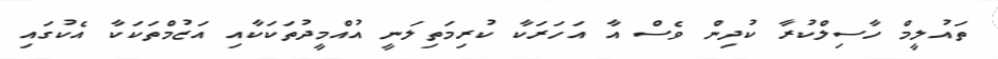
ތައުލީމް ހާސިލްކުރާ ކުދިން ވެސް އާ އަހަރަކާ ކުރިމަތިލަނީ އުއްމީދުތަކަކާއި އަޒުމްތަކަކާ އެކުގައި